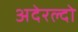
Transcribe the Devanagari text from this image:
अदेरल्दो